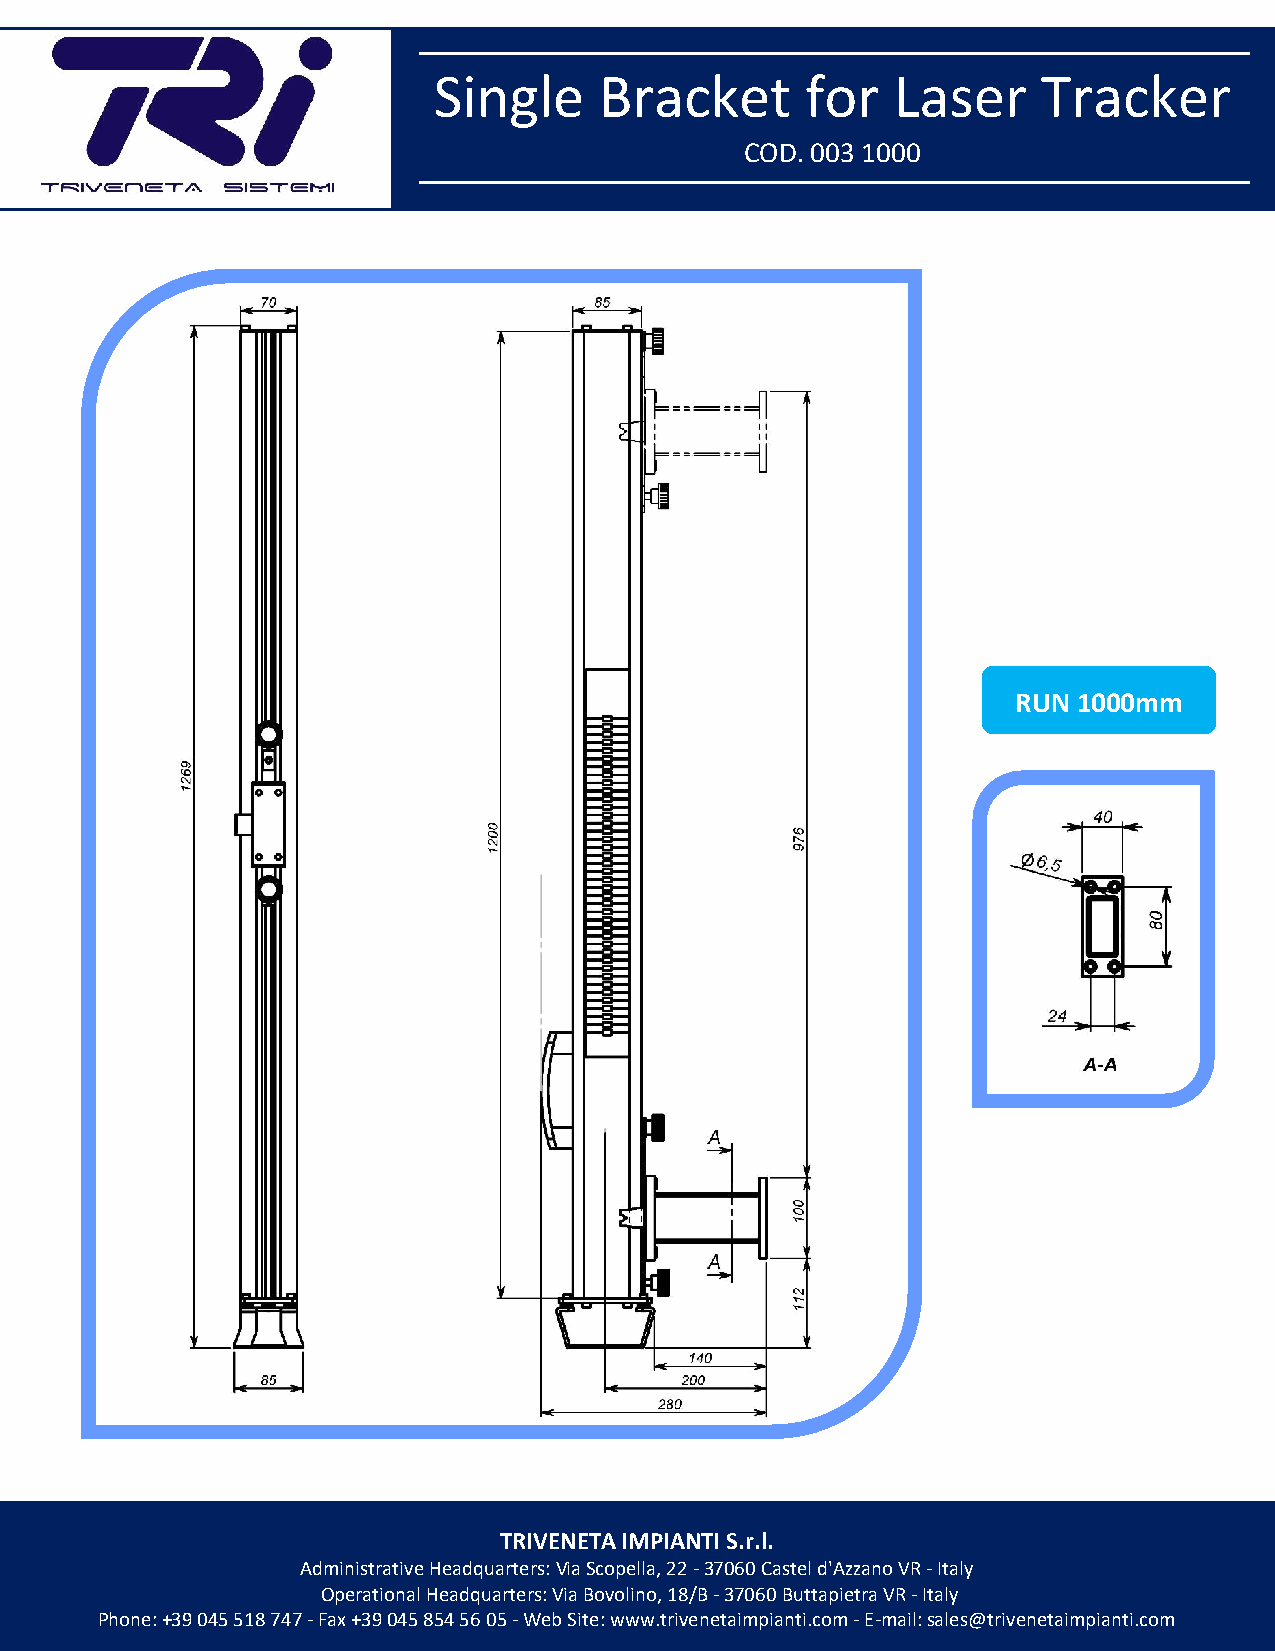
Single     Bracket      for   Laser     Tracker
 COD. 003 1000
 RUN 1000mm
 TRIVENETA IMPIANTI S.r.l.
 Administrative Headquarters: Via Scopella, 22 - 37060 Castel d'Azzano VR - Italy
 Operational Headquarters: Via Bovolino, 18/B - 37060 Buttapietra VR - Italy
 Phone: +39 045 518 747 - Fax +39 045 854 56 05 - Web Site: www.trivenetaimpianti.com - E-mail: sales@trivenetaimpianti.com